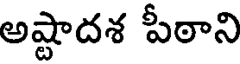
అష్టాదశ పీఠాని